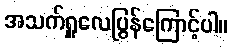
အသက်ရှူလေပြွန်ကြောင့်ပါ။